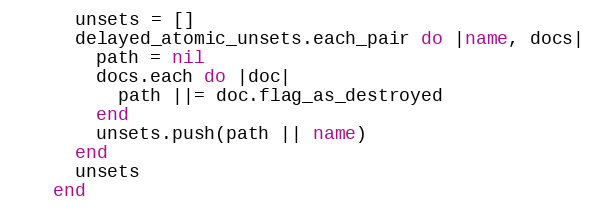
Language: Ruby
      unsets = []
      delayed_atomic_unsets.each_pair do |name, docs|
        path = nil
        docs.each do |doc|
          path ||= doc.flag_as_destroyed
        end
        unsets.push(path || name)
      end
      unsets
    end